Vaccination in the Punjab 1883-1896 - 1883-1896
Year: 1883
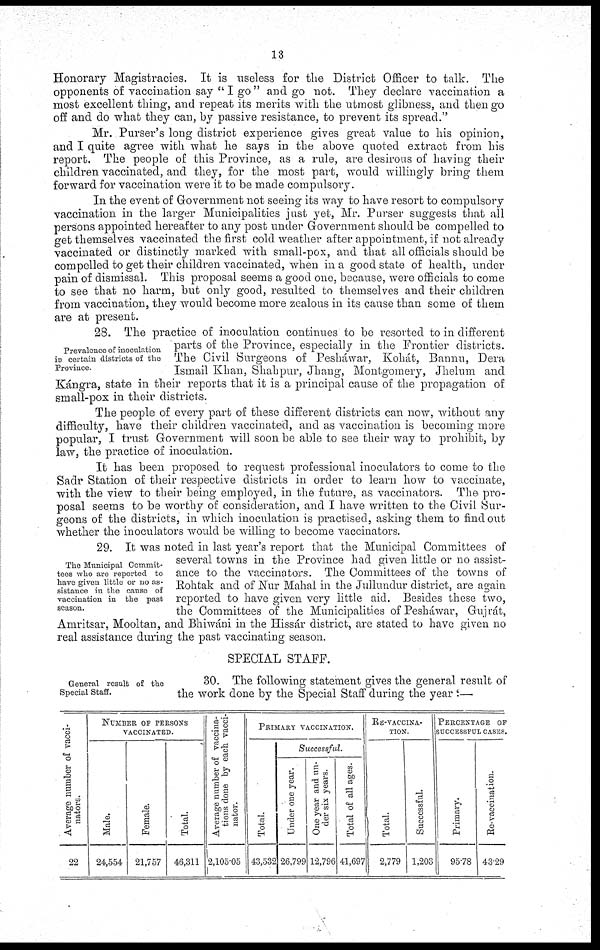
13
Honorary Magistracies. It is useless for the District Officer to talk. The
opponents of vaccination say "I go" and go not. They declare vaccination a
most excellent thing, and repeat its merits with the utmost glibness, and then go
off and do what they can, by passive resistance, to prevent its spread."
Mr. Purser's long district experience gives great value to his opinion,
and I quite agree with what he says in the above quoted extract from his
report. The people of this Province, as a rule, are desirous of having their
children vaccinated, and they, for the most part, would willingly bring them
forward for vaccination were it to be made compulsory.
In the event of Government not seeing its way to have resort to compulsory
vaccination in the larger Municipalities just yet, Mr. Purser suggests that all
persons appointed hereafter to any post under Government should be compelled to
get themselves vaccinated the first cold weather after appointment, if not already
vaccinated or distinctly marked with small-pox, and that all officials should be
compelled to get their children vaccinated, when in a good state of health, under
pain of dismissal. This proposal seems a good one, because, were officials to come
to see that no harm, but only good, resulted to themselves and their children
from vaccination, they would become more zealous in its cause than some of them
are at present.
Prevalence of inoculation
in certain districts of the
Province.
28. The practice of inoculation continues to be resorted to in different
parts of the Province, especially in the Frontier districts.
The Civil {Surgeons of Pesháwar, Kohát, Bannu, Dera
Ismail Khan, Shahpur, Jhang, Montgomery, Jhelum and
Kángra, state in their reports that it is a principal cause of the propagation of
small-pox in their districts.
The people of every part of these different districts can now, without any
difficulty, have their children vaccinated, and as vaccination is becoming more
popular, I trust Government will soon be able to see their way to prohibit, by
law, the practice of inoculation.
It has been proposed to request professional inoculators to come to the
Sadr Station of their respective districts in order to learn how to vaccinate,
with the view to their being employed, in the future, as vaccinators. The pro-
posal seems to be worthy of consideration, and I have written to the Civil Sur-
geons of the districts, in which inoculation is practised, asking them to find out
whether the inoculators would be willing to become vaccinators.
The Municipal Commit-
tees who are reported to
have given little or no as-
sistance in the cause of
vaccination in the past
season.
29. It was noted in last year's report that the Municipal Committees of
several towns in the Province had given little or no assist-
ance to the vaccinators. The Committees of the towns of
Rohtak and of Nur Mahal in the Jullundur district, are again
reported to have given very little aid. Besides these two,
the Committees of the Municipalities of Peshawar, Gujrát,
Amritsar, Mooltan, and Bhiwáni in the Hissár district, are stated to have given no
real assistance during the past vaccinating season.
SPECIAL STAFF.
General result of the
Special Staff.
30. The following statement gives the general result of
the work done by the Special Staff during the year :—
Average number of vacci-
nators.
22
NUMBER OF PERSONS
VACCINATED.
Male.
24,554
Female.
21,757
Total.
46,311
Average number of vaccina-
tions done by each vacci¬
nator.
2,105.05
PRIMARY VACCINATION.
Total.
43,532
Successful.
Under one year.
26,799
One year and un-
der six years.
12,796
Total of all ages.
41,697
RE-VACCINA¬
TION.
Total.
2,779
Successful.
1,203
PERCENTAGE OF
SUCCESSFUL CASES.
Primary.
95.78
Re-vaccination.
43.29